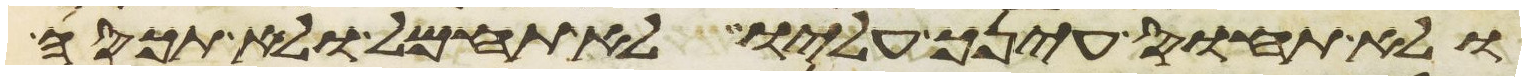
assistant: ולא תחוס עינך עליו ולא תחמל ולא תכסה